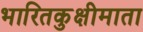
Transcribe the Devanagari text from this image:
भारितकुक्षीमाता